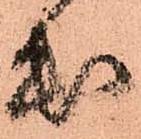
出